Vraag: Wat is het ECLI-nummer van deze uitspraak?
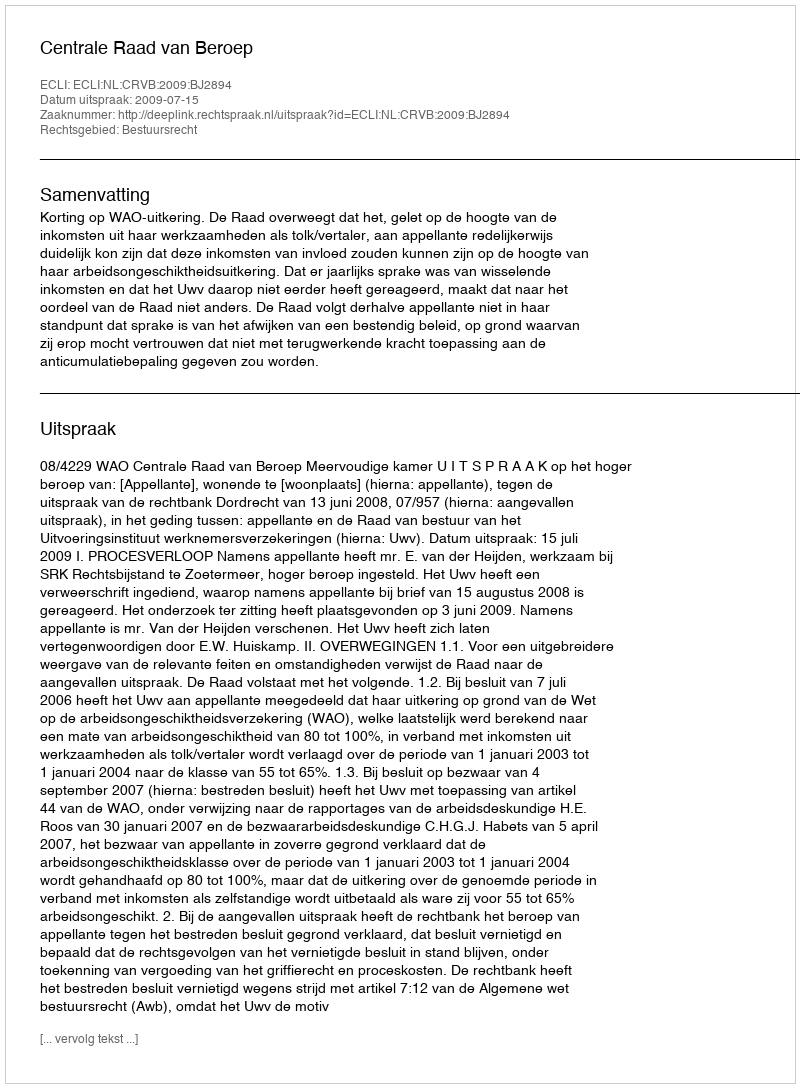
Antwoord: ECLI:NL:CRVB:2009:BJ2894